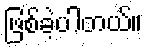
ဖြစ်ခဲ့ပါတယ်။